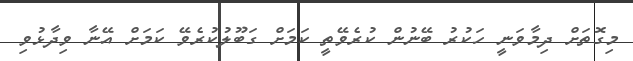
މިގޮތަށް ދިމާވަނީ ހަކުރު ބޭނުން ކުރެވޭތީ ކަމަށް ގަބޫލުކުރެވޭ ކަމަށް އޭނާ ވިދާޅުވި